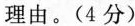
理由。（4分）